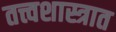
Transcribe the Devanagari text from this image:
तत्त्वशास्त्रात